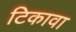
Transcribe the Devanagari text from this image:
टिकावा